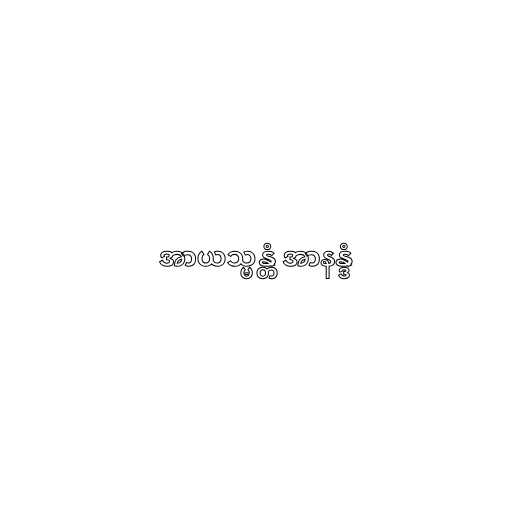
အာယသ္မန္တံ အာနန္ဒံ